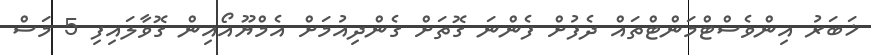
ޚަބަރު އިންވެސްޓްމަންޓްތައް ދެފުށް ފެންނަ ގޮތަށް ގެންދިއުމަށް އެމްޔޫއޯއިން ގޮވާލައިފި 5 މަސް